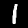
Digit: 1